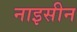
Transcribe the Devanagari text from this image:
नाइसीन